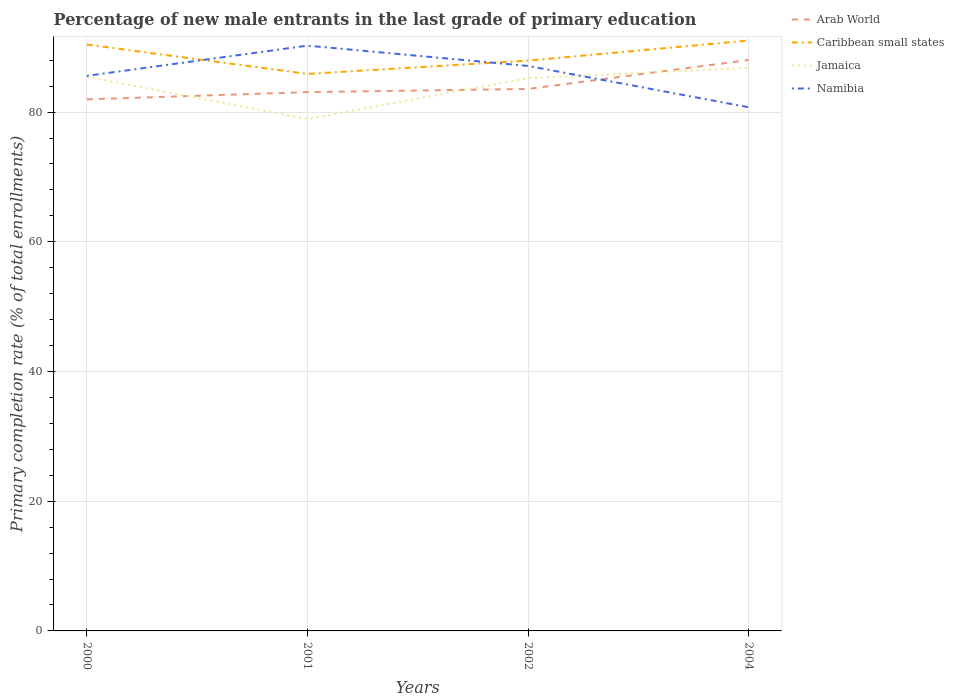
| Years | Arab World | Caribbean small states | Jamaica | Namibia |
 | --- | --- | --- | --- | --- |
 | 2000 | 82 | 90.4 | 85.5 | 85.6 |
 | 2001 | 83.1 | 85.9 | 78.9 | 90.2 |
 | 2002 | 83.6 | 87.9 | 85.2 | 87.1 |
 | 2004 | 88 | 91 | 86.8 | 80.7 |